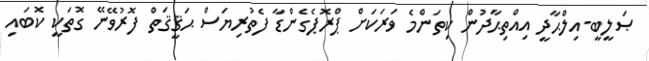
ޞަލީބީ-އިލްޙާދީ އިއްތިޙާދުން ކިތަންމެ ވަރަކަށް ޕްރޮޕެގެންޑާ ފެތުރިޔަސް ޙަޤީޤަތް ފޮރުވޭނޭ ގޮތަކީ ކޮބައި